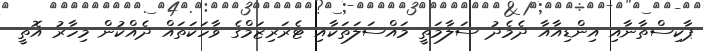
ޕާކިސްތާނާއި އިންޑިއާއާ ދެމެދު ސަލާމަތީ މައްސަލަތަކާއި ޓެރަރިޒަމްގެ ވާހަކަތައް ދެއްކުން މިހާރު އޮތީ